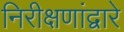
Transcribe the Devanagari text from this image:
निरीक्षणांद्वारे